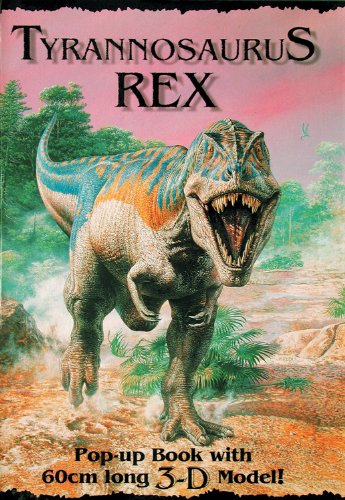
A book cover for Tyrannosaurus Rex: Pop-up Book w/ 3D Model (3D Wall Posters); John Sibbick; Children's Books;